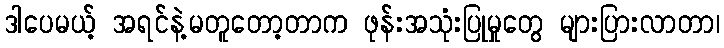
ဒါပေမယ့် အရင်နဲ့မတူတော့တာက ဖုန်းအသုံးပြုမှုတွေ များပြားလာတာ၊